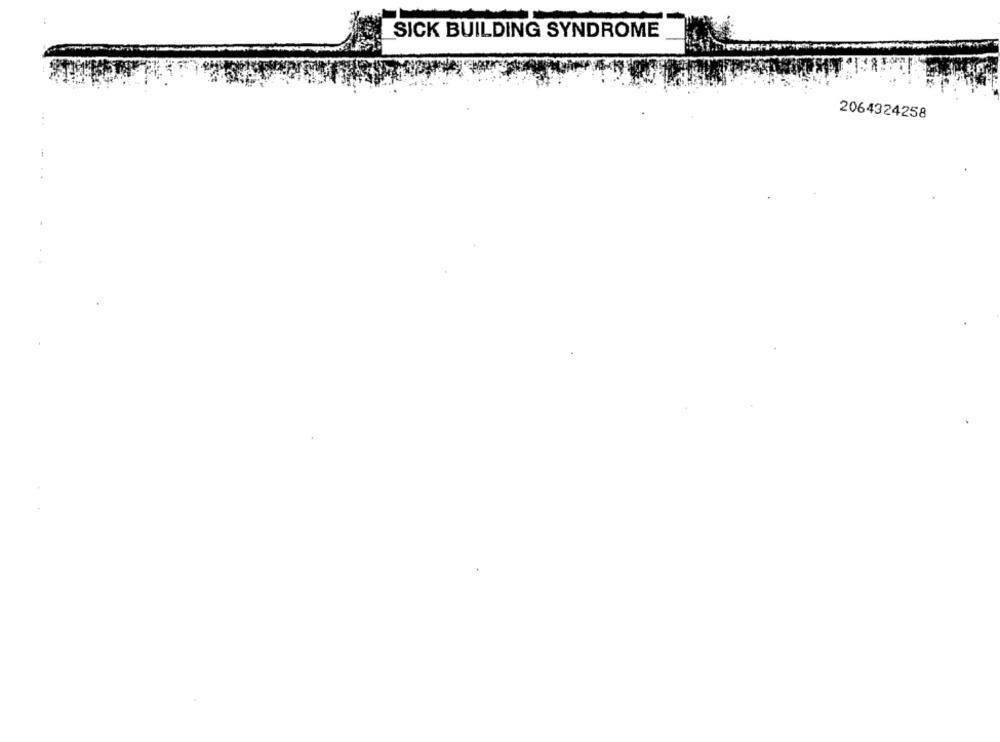
SICK BUILDING SYNDROME
2064324258